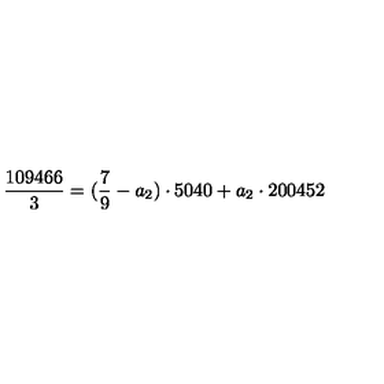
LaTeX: \frac { 1 0 9 4 6 6 } { 3 } = ( \frac { 7 } { 9 } - a _ { 2 } ) \cdot 5 0 4 0 + a _ { 2 } \cdot 2 0 0 4 5 2